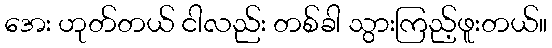
အေး ဟုတ်တယ် ငါလည်း တစ်ခါ သွားကြည့်ဖူးတယ်။